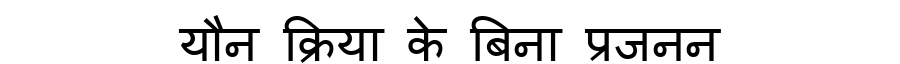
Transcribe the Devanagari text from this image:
यौन क्रिया के बिना प्रजनन